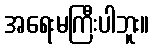
အရေးမကြီးပါဘူး။